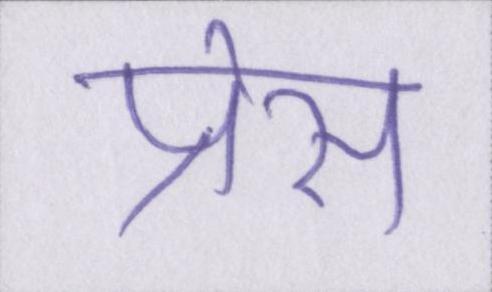
प्रेस